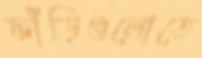
ফাঁড়িগুলোতে